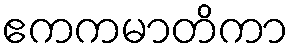
ဧကကမာတိကာ